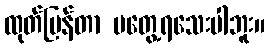
ထုတ်ပြန်တာ မတွေ့ရသေးပါဘူး။